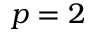
p = 2